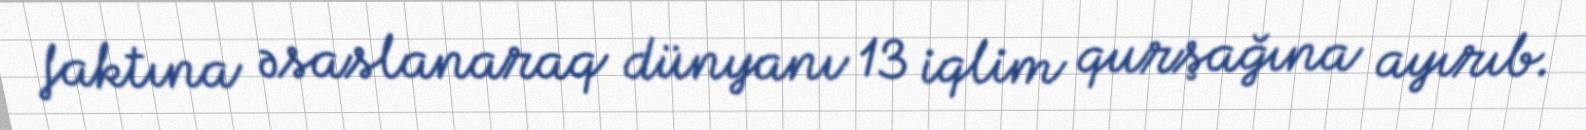
faktına əsaslanaraq dünyanı 13 iqlim qurşağına ayırıb.